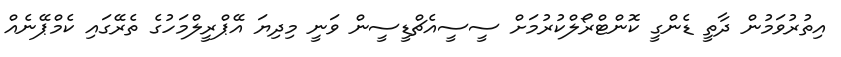
އިތުރުވަމުން ދާތީ ޑެންގީ ކޮންޓްރޯލްކުރުމަށް ސީސީއެޗްޑީސީން ވަނީ މިދިޔަ އޭޕްރީލްމަހުގެ ތެރޭގައި ކެމްޕޭނެއް